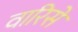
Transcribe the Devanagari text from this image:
वारिसे